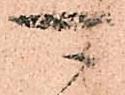
可